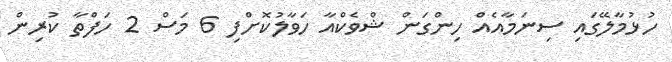
ހުޅުމާލޭގައި ސިނަމާއެއް ހިންގަން ޝްވެކްއާ ހަވާލުކޮށްފި 6 މަސް 2 ހަފްތާ ކުރިން